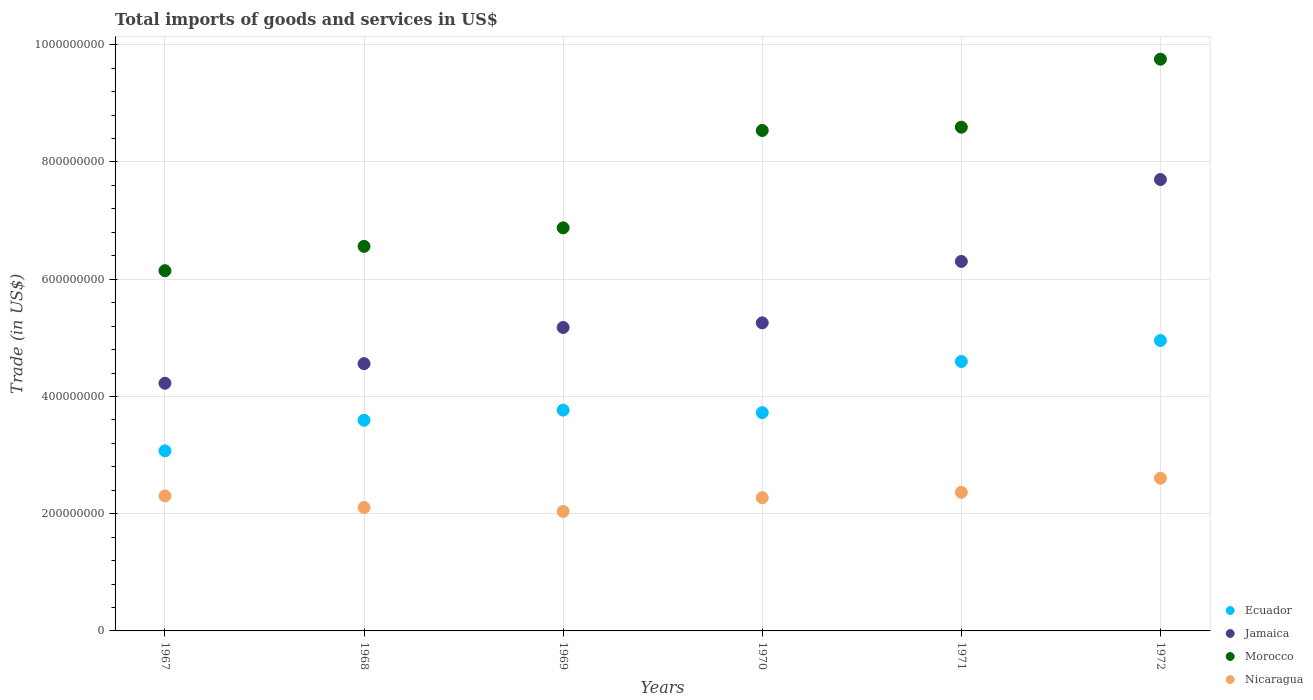
| Years | Ecuador | Jamaica | Morocco | Nicaragua |
 | --- | --- | --- | --- | --- |
 | 1967 | 3.07e+08 | 4.23e+08 | 6.15e+08 | 2.3e+08 |
 | 1968 | 3.59e+08 | 4.56e+08 | 6.56e+08 | 2.11e+08 |
 | 1969 | 3.77e+08 | 5.18e+08 | 6.88e+08 | 2.04e+08 |
 | 1970 | 3.72e+08 | 5.26e+08 | 8.54e+08 | 2.27e+08 |
 | 1971 | 4.6e+08 | 6.3e+08 | 8.59e+08 | 2.36e+08 |
 | 1972 | 4.95e+08 | 7.7e+08 | 9.75e+08 | 2.6e+08 |